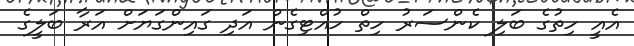
އެއީ ހިތުގެ ބަލި ކެންސަރު ހިތް ހުއްޓިގެން އަދި ގައިންގަޔަށް އަރާ ބަލީގެ